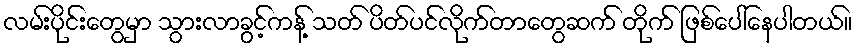
လမ်းပိုင်းတွေမှာ သွားလာခွင့်ကန့် သတ် ပိတ်ပင်လိုက်တာတွေဆက် တိုက် ဖြစ်ပေါ်နေပါတယ်။